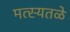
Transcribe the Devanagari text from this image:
मत्स्यतळे